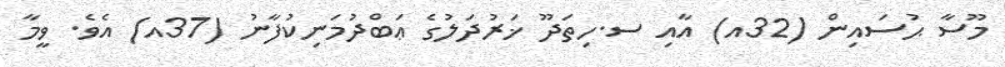
މޫސާ ޙުސައިން (32އ) އާއި ސ.ހިތަދޫ ޚަރުދަލުގެ ޢަބްދުމަނިކުފާނު (37އ) އެެވެ. ވީމާ